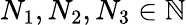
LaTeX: N_{1},N_{2},N_{3}\in\mathbb{N}